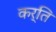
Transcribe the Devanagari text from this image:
कर्ति